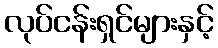
လုပ်ငန်းရှင်များနှင့်